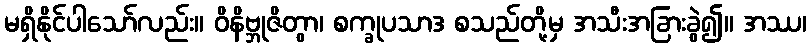
မရှိနိုင်ပါသော်လည်း။ ဝိနိဗ္ဘုဇိတွာ၊ စက္ခုပသာဒ စသည်တို့မှ အသီးအခြားခွဲ၍။ အဿ၊